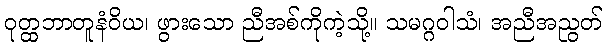
ဝုတ္ထဘာတူနံဝိယ၊ ဖွားသော ညီအစ်ကိုကဲ့သို့။ သမဂ္ဂဝါသံ၊ အညီအညွတ်